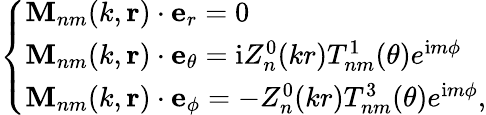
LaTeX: \left\{ \begin{array}{ll}{\mathbf{M}_{nm}(k,\mathbf{r})\cdot\mathbf{e}_{r}=0}\\ {\mathbf{M}_{nm}(k,\mathbf{r})\cdot\mathbf{e}_{\theta}=\mathrm{i}Z_{n}^{0}(kr)T_{nm}^{1}(\theta)e^{\mathrm{i}m\phi}}\\ {\mathbf{M}_{nm}(k,\mathbf{r})\cdot\mathbf{e}_{\phi}=-Z_{n}^{0}(kr)T_{nm}^{3}(\theta)e^{\mathrm{i}m\phi},}\end{array}\right.